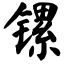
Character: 镙